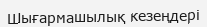
Шығармашылық кезеңдері